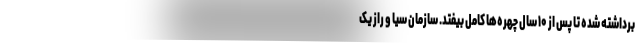
برداشته شده تا پس از ۱۰ سال چهره‌ها کامل بیفتد. سازمان سیا و راز یک